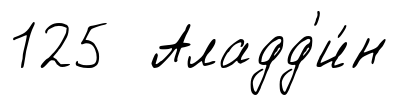
125 Аладд'и́н